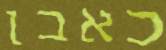
כאבן